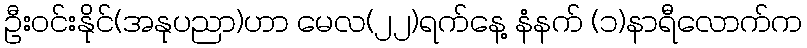
ဦးဝင်းနိုင်(အနုပညာ)ဟာ မေလ(၂၂)ရက်နေ့ နံနက် (၁)နာရီလောက်က